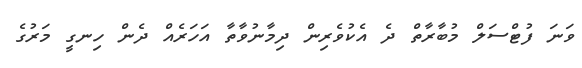
ވަނަ ފުޓްސަލް މުބާރާތް ދެ އެކުވެރިން ދިމާނުވާތާ އަހަރެއް ދެން ހިނގީ މަރުގެ